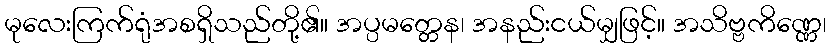
မုလေးကြက်ရုံအစရှိသည်တို့၏။ အပ္ပမတ္တေန၊ အနည်းငယ်မျှဖြင့်။ အသိဗ္ဗကိဏ္ဏေ၊